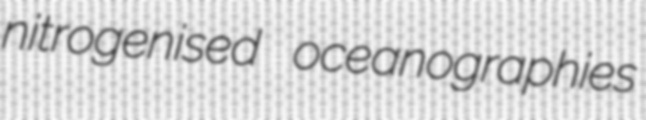
nitrogenised oceanographies